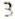
3